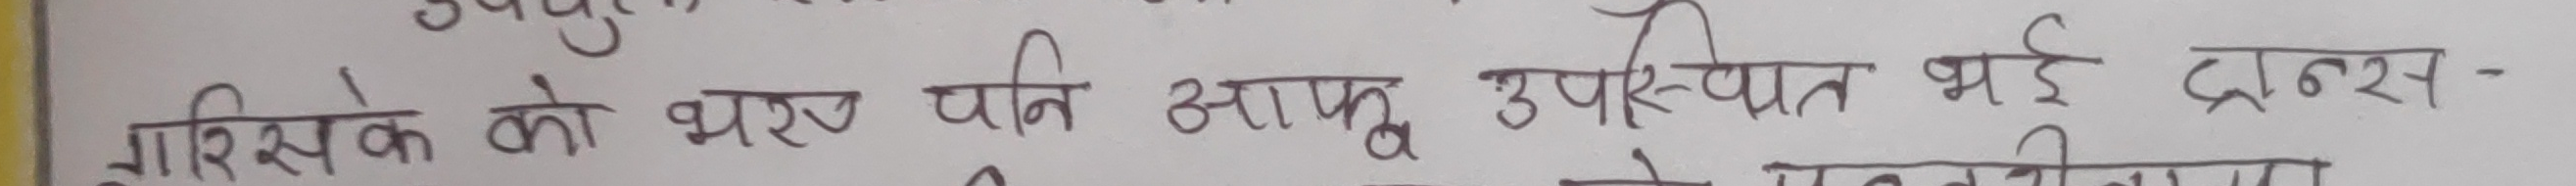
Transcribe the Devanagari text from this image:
ग्रासिके को भरप पनि आफू उपस्थित भई डान्स -